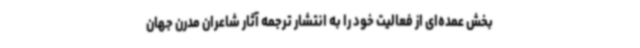
بخش عمده‌ای از فعالیت خود را به انتشار ترجمه‌ آثار شاعران مدرن جهان